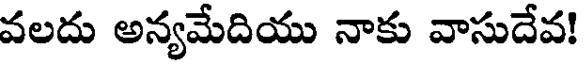
వలదు అన్యమేదియు నాకు వాసుదేవ!